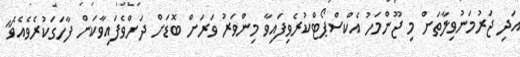
އަދި ޖަރުމަނުވިލާތަށް މި ޖޫންމަހު އެކްސްޕޯޓްކުރެވިފައިވާ މިންވަރު ވަރަށް ބޮޑަށް ދަށްވެފައިވާކަން ފާހަގަކުރެވެއެވެ"